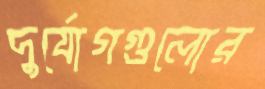
দুর্যোগগুলোর